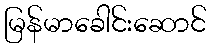
မြန်မာခေါင်းဆောင်